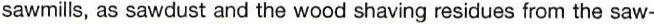
sawmills, as sawdust and the wood shaving residues from the saw-